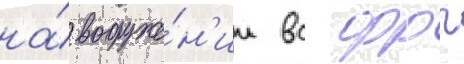
на́ вооруже́н'ии вс фрг